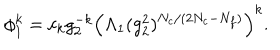
LaTeX: \phi _ { 1 } ^ { k } = c _ { k } g _ { 2 } ^ { - k } \left( \Lambda _ { 1 } ( g _ { 2 } ^ { 2 } ) ^ { N _ { c } / ( 2 N _ { c } - N _ { f } ) } \right) ^ { k } .